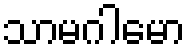
သာမဂါမော